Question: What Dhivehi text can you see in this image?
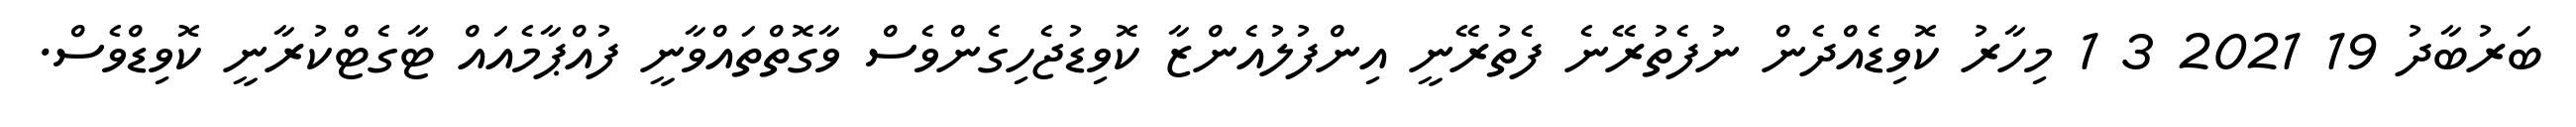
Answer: ބަރުބާދު 19 2021 3 1 މިހާރު ކޮވިޑެއްދެން ނުފެތުރޭނެ ފެތުރޭނީ އިންފުލުއެންޒާ ކޮވިޑުޖެހިގެންވެސް ވާގޮތްތައްވާނީ ފުއްޕާމެއައް ޓާގެޓްކުރާނީ ކޮވިޑްވެސް.